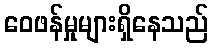
ဝေဖန်မှုများရှိနေသည်